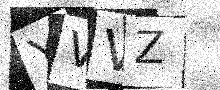
Text: YVVZ